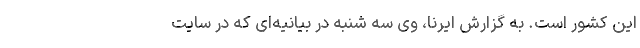
این کشور است. به گزارش ایرنا، وی سه شنبه در بیانیه‌ای که در سایت